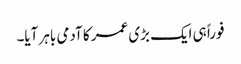
فوراً ہی ایک بڑی عمر کا آدمی باہر آیا۔